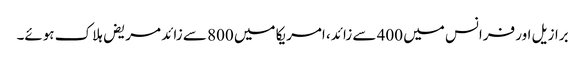
برازیل اور فرانس میں 400 سے زائد، امریکا میں 800 سے زائد مریض ہلاک ہوئے۔